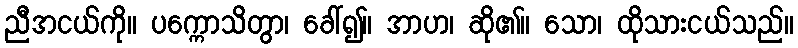
ညီအငယ်ကို။ ပက္ကောသိတွာ၊ ခေါ်၍။ အာဟ၊ ဆို၏။ သော၊ ထိုသားငယ်သည်။